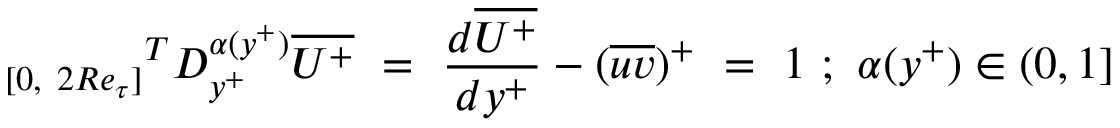
{ _ { [ 0 , ~ 2 R e _ { \tau } ] } } ^ { T } D _ { y ^ { + } } ^ { \alpha ( y ^ { + } ) } \overline { { U ^ { + } } } ~ = ~ \frac { d \overline { { U ^ { + } } } } { d y ^ { + } } - ( \overline { { u v } } ) ^ { + } ~ = ~ 1 ~ ; ~ \alpha ( y ^ { + } ) \in ( 0 , 1 ]